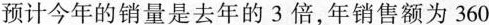
预计今年的销量是去年的3倍，年销售额为360